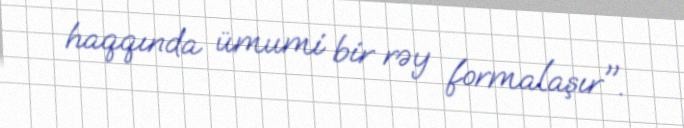
haqqında ümumi bir rəy formalaşır".